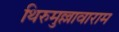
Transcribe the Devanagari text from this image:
थिरुमुल्लावाराम